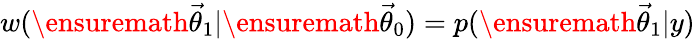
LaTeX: w(\ensuremath{\vec{\theta}}_{1}|\ensuremath{\vec{\theta}}_{0})=p(\ensuremath{\vec{\theta}}_{1}|y)